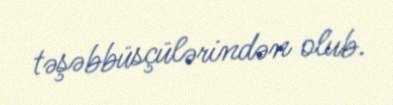
təşəbbüsçülərindən olub.